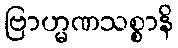
ဗြာဟ္မဏသစ္စာနိ